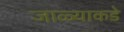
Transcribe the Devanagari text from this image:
जाळ्याकडे